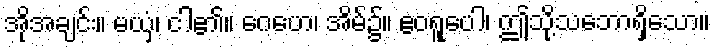
အိုအချင်း။ မယှံ၊ ငါ၏။ ဂေဟေ၊ အိမ်၌။ ဧဝရူပေါ၊ ဤသို့သဘောရှိသော။